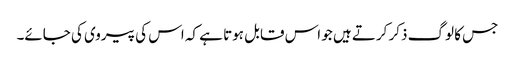
جس کا لوگ ذکر کرتے ہیں جو اس قابل ہوتا ہے کہ اس کی پیروی کی جائے۔